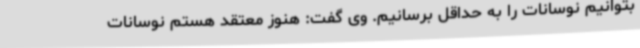
بتوانیم نوسانات را به حداقل برسانیم. وی گفت: هنوز معتقد هستم نوسانات